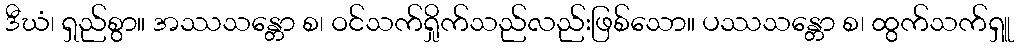
ဒီဃံ၊ ရှည်စွာ။ အဿသန္တော စ၊ ဝင်သက်ရှိုက်သည်လည်းဖြစ်သော။ ပဿသန္တော စ၊ ထွက်သက်ရှူ